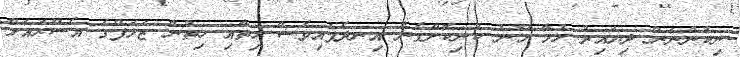
ނިކުންނަން ދިޔައިރު ހުމާ މޫނު ކުނިކޮށްގެން އިނދެފައިވެސް ހިތާއި ހިތުން ޒަލަފްގެ އެސޫރައަށް